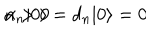
\alpha _ { n } | 0 \rangle = d _ { n } | 0 \rangle = 0 \hspace { 1 c m } n > 0